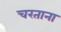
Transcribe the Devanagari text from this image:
चरताना